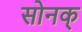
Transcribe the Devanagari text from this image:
सोनक्